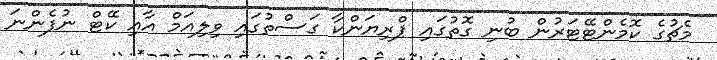
މެޗުގެ ކޮމެންޓޭޓަރުން ބުނި ގޮތުގައި ޕްރިޔަންކާ ގަސްތުގައި ވިލިއަމް އާއި ކޭޓް ނުފެންނަ